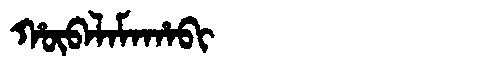
Manchu: ᡥᡡᠪᠠᠯᠠᠮᠠᡥᠠᠪᡳ
Romanization: HŪBALAMAHABI